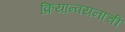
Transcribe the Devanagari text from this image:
क्रियान्वयनाची